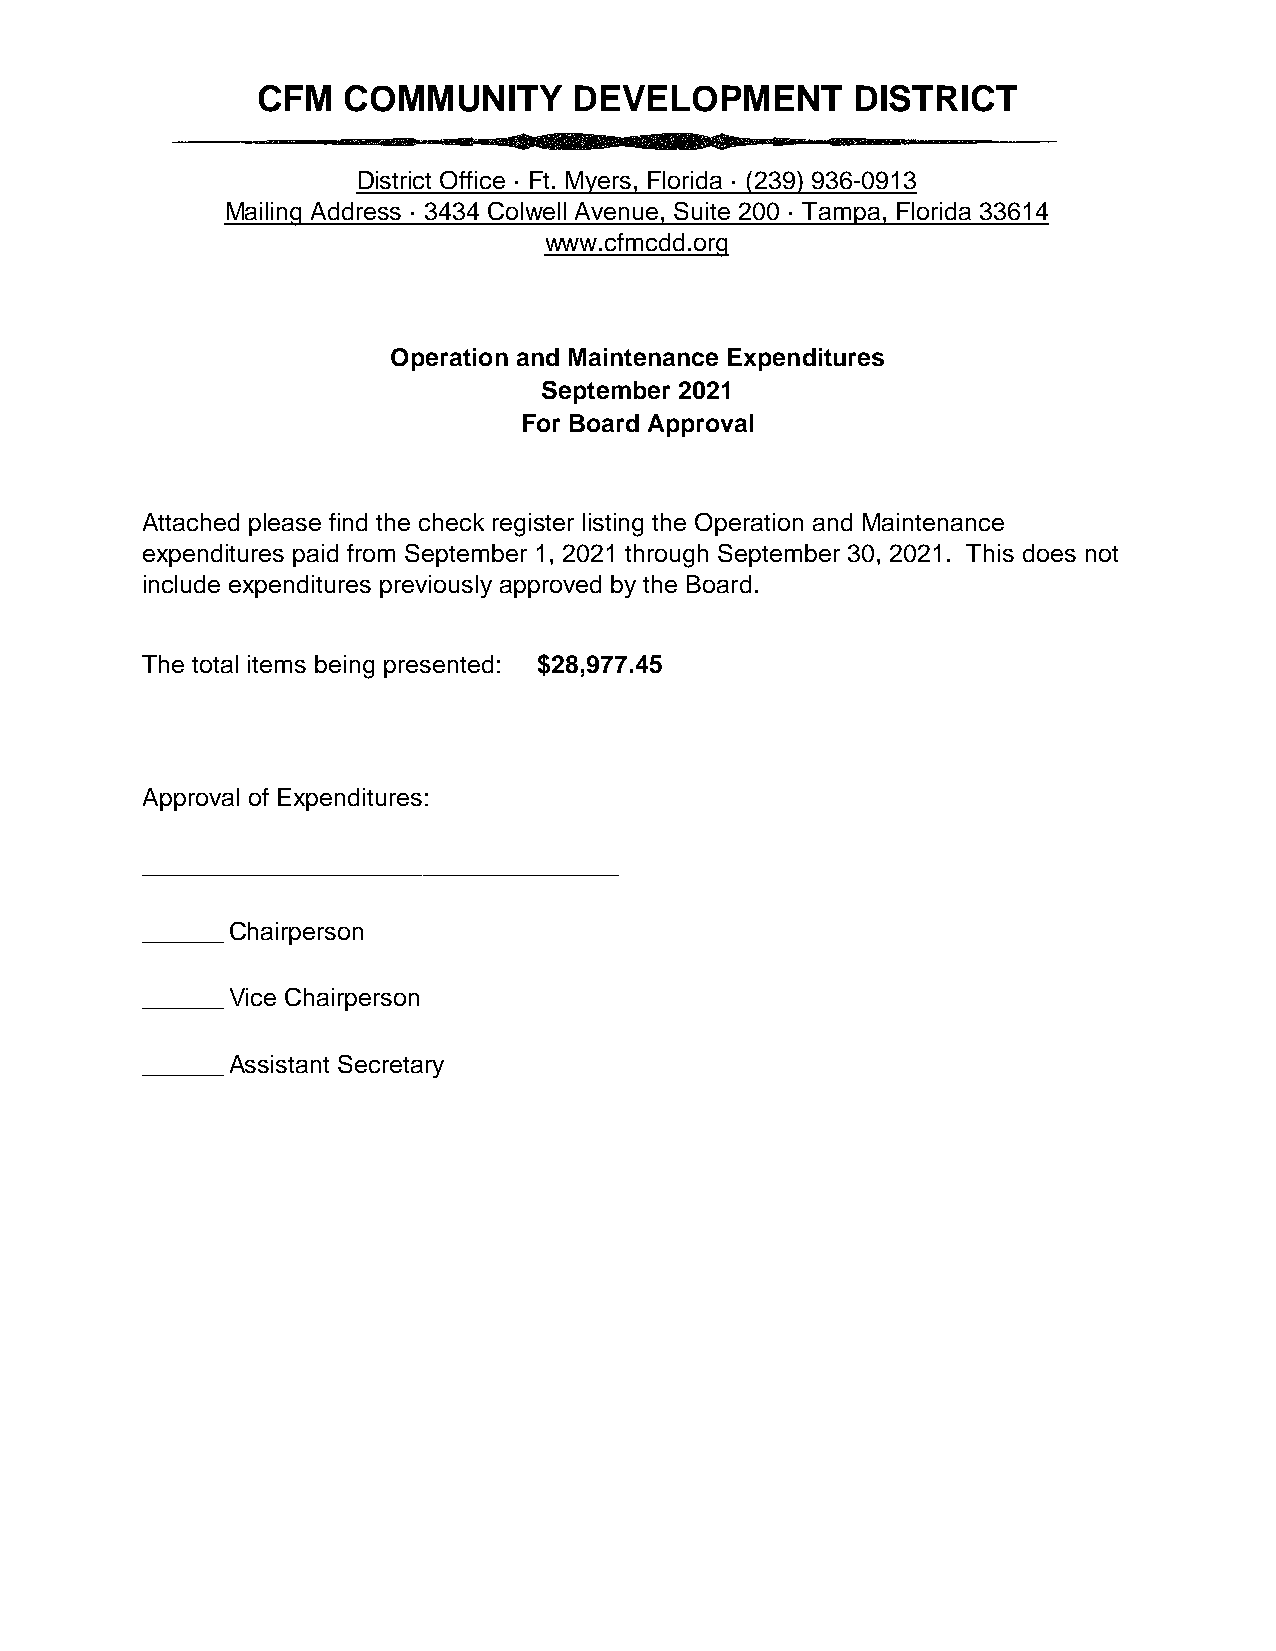
CFM  COMMUNITY       DEVELOPMENT       DISTRICT
 District Office · Ft. Myers, Florida · (239) 936-0913
 Mailing Address · 3434 Colwell Avenue, Suite 200 · Tampa, Florida 33614
 www.cfmcdd.org
 Operation and Maintenance Expenditures
 September 2021
 For Board Approval
 Attached please find the check register listing the Operation and Maintenance
 expenditures paid from September 1, 2021 through September 30, 2021. This does not
 include expenditures previously approved by the Board.
 The total items being presented: $28,977.45
 Approval of Expenditures:
 __________________________________
 ______Chairperson
 ______Vice Chairperson
 ______Assistant Secretary